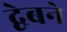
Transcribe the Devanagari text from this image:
द्वेबने